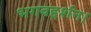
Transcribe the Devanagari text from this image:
भगवद्दर्शन।